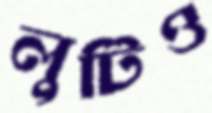
লুটিও